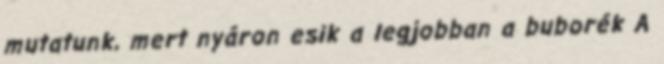
mutatunk, mert nyáron esik a legjobban a buborék A